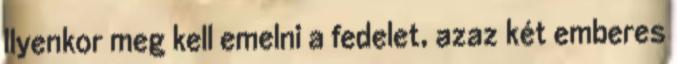
Ilyenkor meg kell emelni a fedelet, azaz két emberes